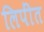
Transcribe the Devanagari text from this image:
लिपींत